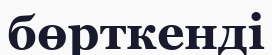
бөрткенді